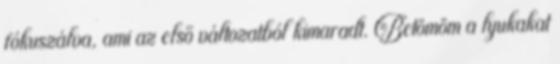
fókuszálva, ami az első változatból kimaradt. Betömöm a lyukakat